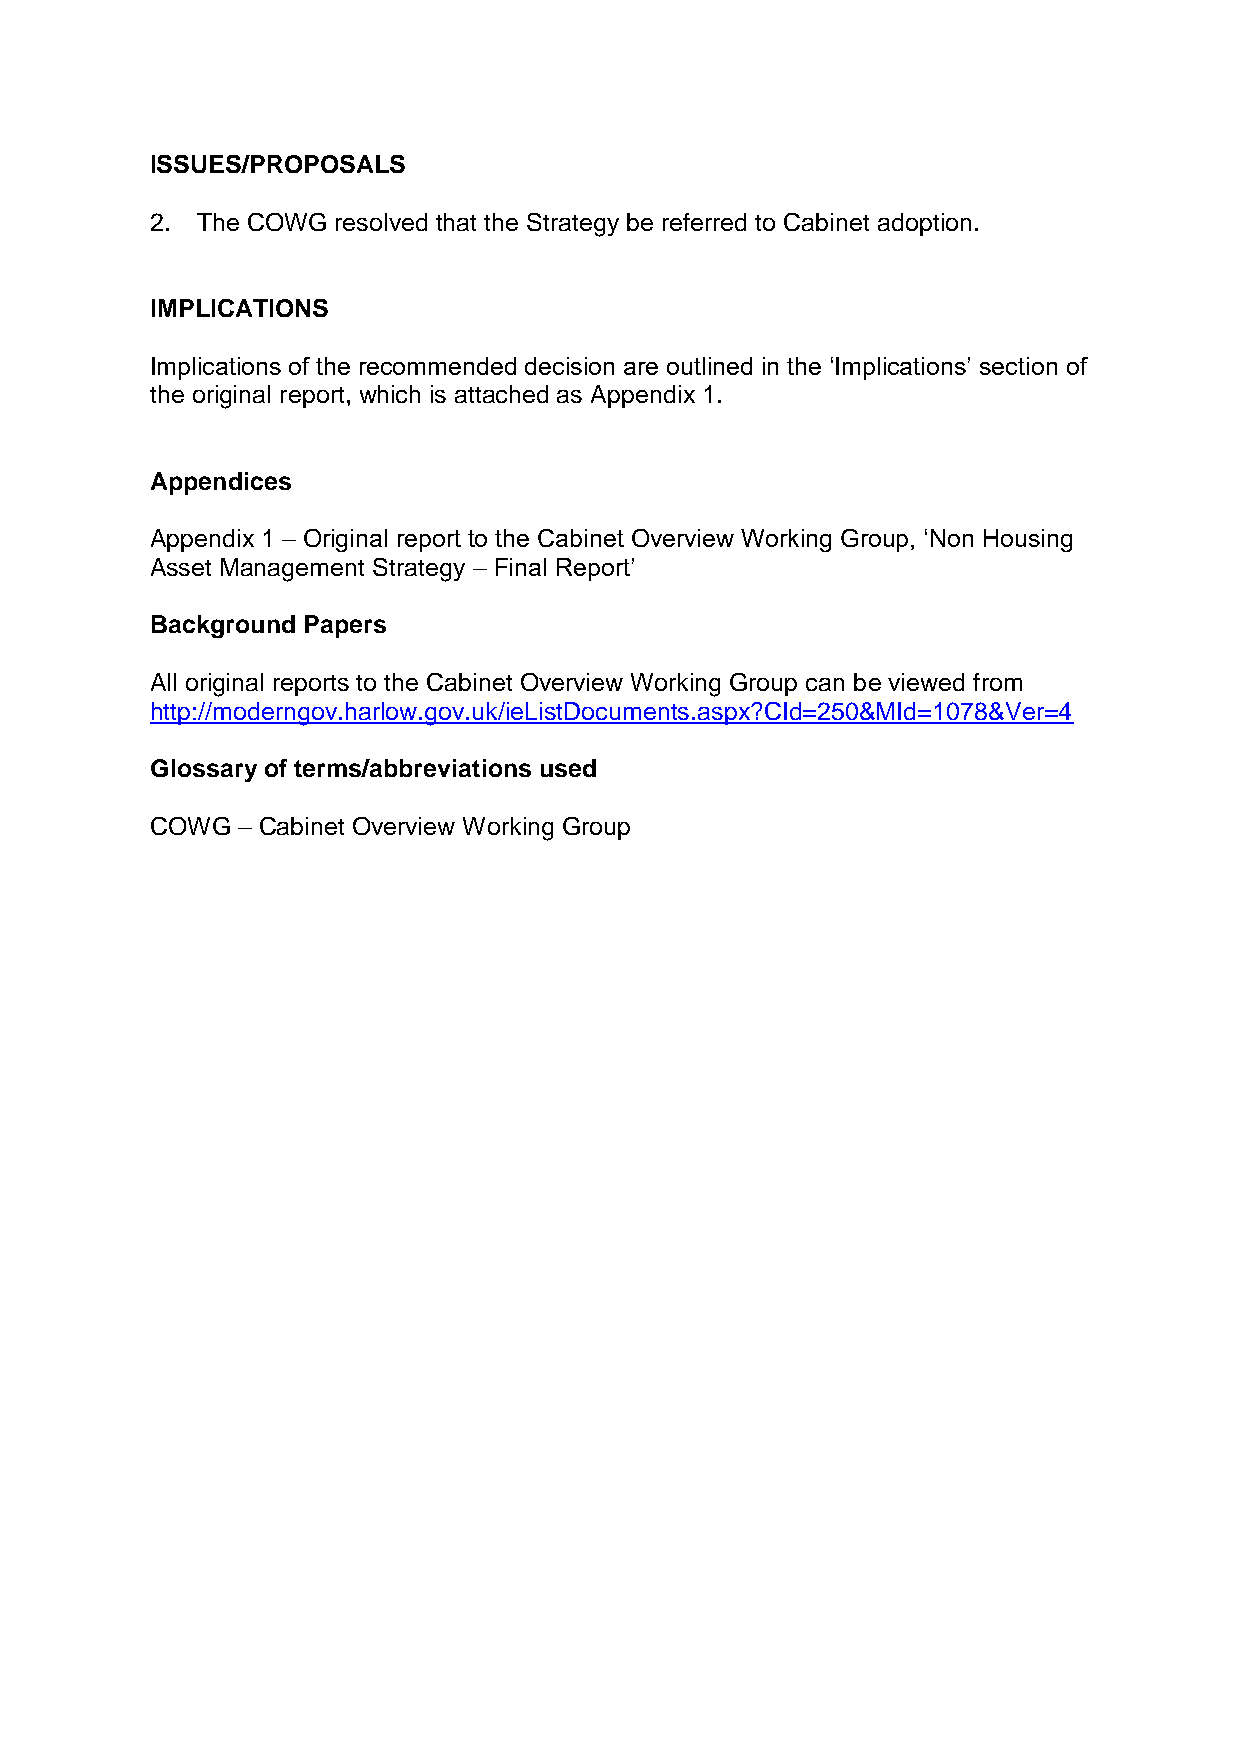
ISSUES/PROPOSALS
 2. The COWG resolved that the Strategy be referred to Cabinet adoption.
 IMPLICATIONS
 Implications of the recommended decision are outlined in the ‘Implications’ section of
 the original report, which is attached as Appendix 1.
 Appendices
 Appendix 1 – Original report to the Cabinet Overview Working Group, ‘Non Housing
 Asset Management Strategy – Final Report’
 Background Papers
 All original reports to the Cabinet Overview Working Group can be viewed from
 http://moderngov.harlow.gov.uk/ieListDocuments.aspx?CId=250&MId=1078&Ver=4
 Glossary of terms/abbreviations used
 COWG  – Cabinet Overview Working Group